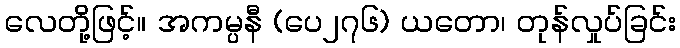
လေတို့ဖြင့်။ အကမ္ပနီ (ပေ၂၇၆) ယတော၊ တုန်လှုပ်ခြင်း